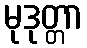
မုဒုတ္တာ